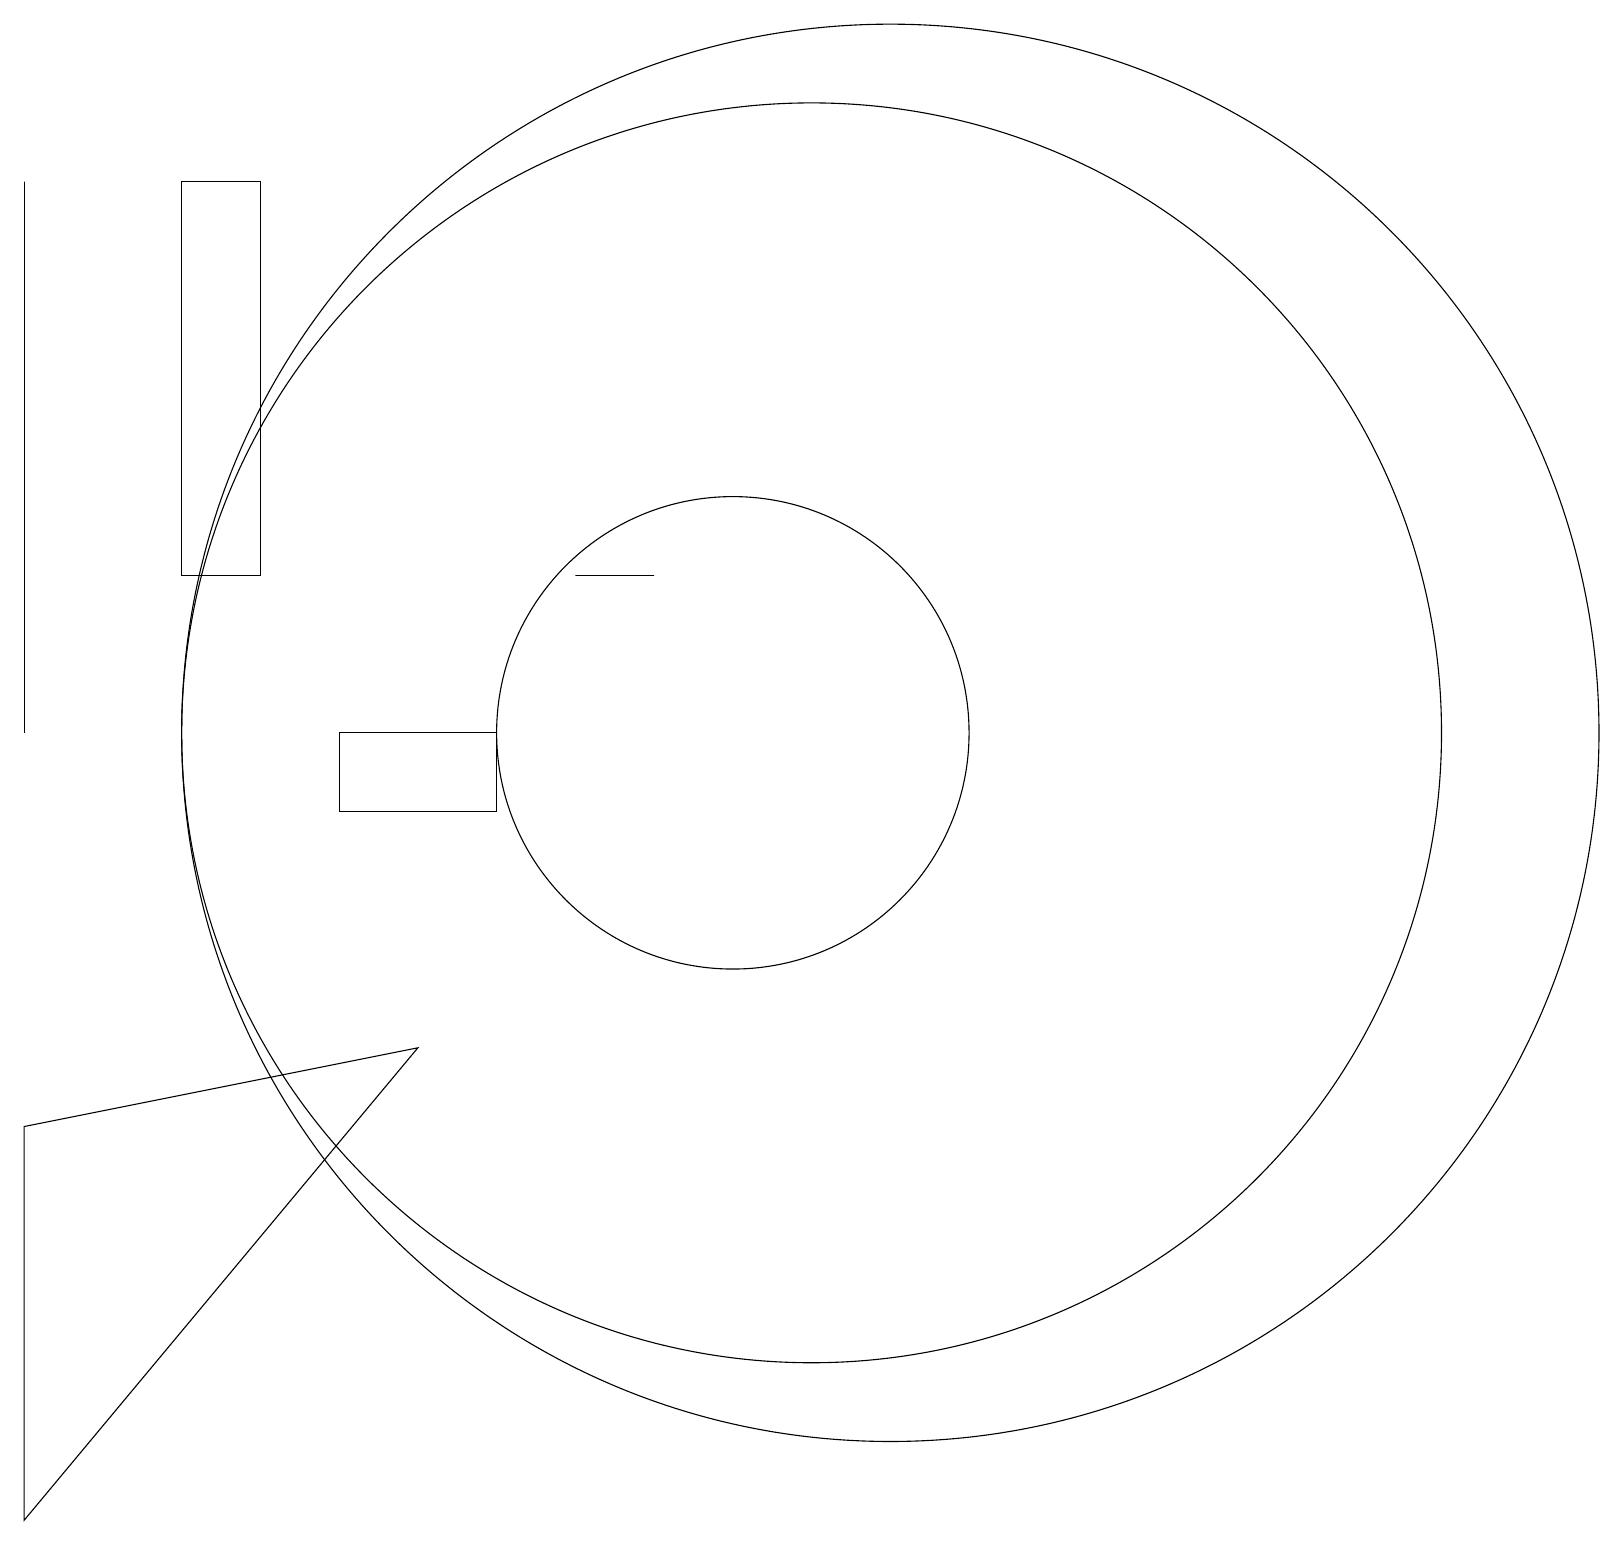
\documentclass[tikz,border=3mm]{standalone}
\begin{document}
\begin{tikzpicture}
\draw (4,13) rectangle (3,18);
\draw (10,11) circle (3);
\draw (12,11) circle (9);
\draw (9,13) rectangle (8,13);
\draw (1,11) rectangle (1,18);
\draw (1,6) -- (1,1) -- (6,7) -- cycle;
\draw (11,11) circle (8);
\draw (5,10) rectangle (7,11);
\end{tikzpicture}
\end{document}